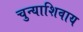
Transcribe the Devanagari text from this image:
चुन्याशिवाय